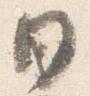
日